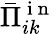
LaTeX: \bar{\Pi}_{ik}^{\mathrm{~i~n~}}